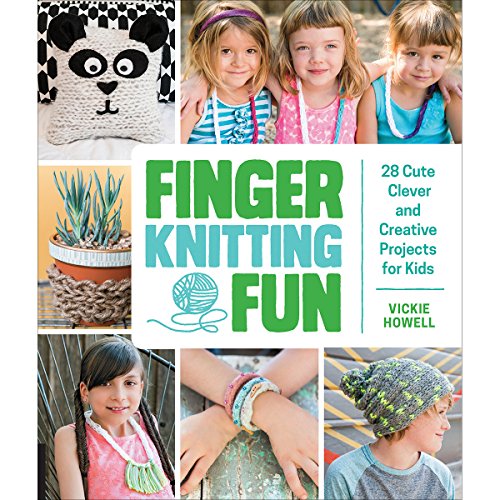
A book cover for Finger Knitting Fun: 28 Cute, Clever, and Creative Projects for Kids; Vickie Howell; Crafts, Hobbies & Home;